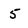
Character: 5